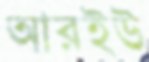
আরইউ